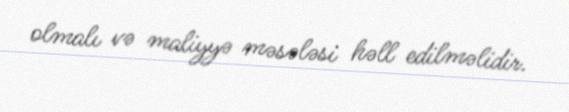
olmalı və maliyyə məsələsi həll edilməlidir.